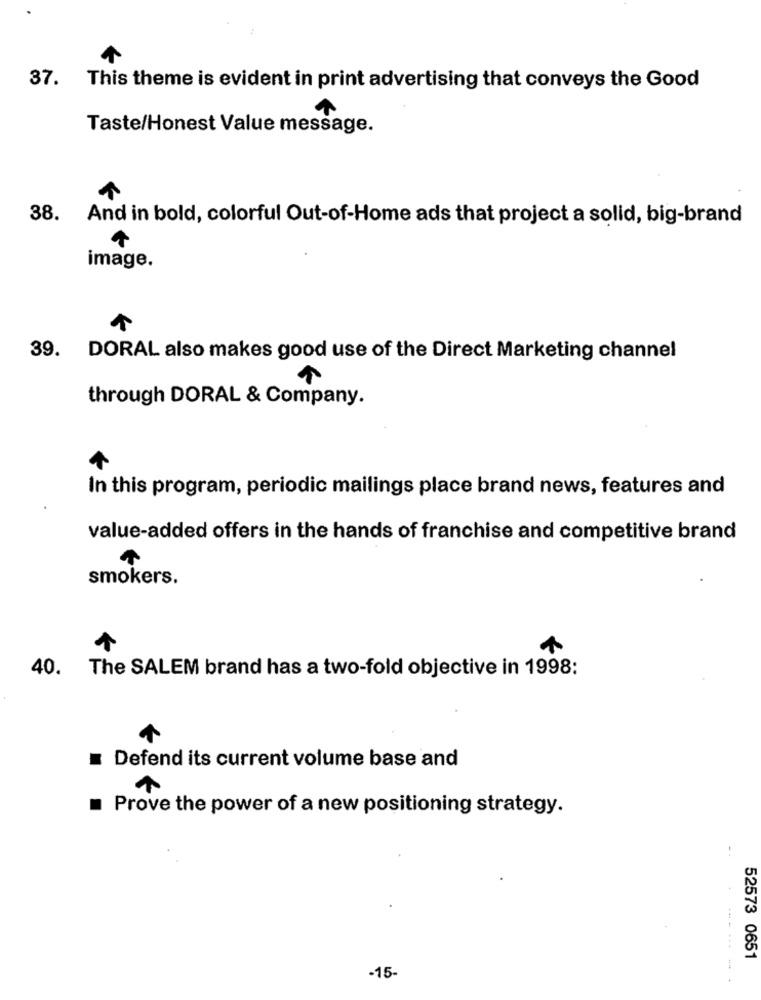
37. This theme is evident in print advertising that conveys the Good
Taste/Honest Value message.
38. And in bold, colorful Out-of-Home ads that project a solid, big-brand
image.
39. DORAL also makes good use of the Direct Marketing channel
through DORAL & Company.
In this program, periodic mailings place brand news, features and
value-added offers in the hands of franchise and competitive brand
smokers.
40. The SALEM brand has a two-fold objective in 1998:
Defend its current volume base and
Prove the power of a new positioning strategy.
..
52573 0651
-15-